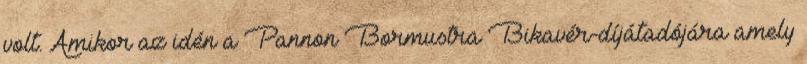
volt. Amikor az idén a Pannon Bormustra Bikavér-díjátadójára amely